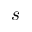
s